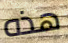
هذه